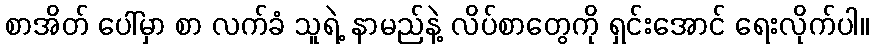
စာအိတ် ပေါ်မှာ စာ လက်ခံ သူရဲ့ နာမည်နဲ့ လိပ်စာတွေကို ရှင်းအောင် ရေးလိုက်ပါ။